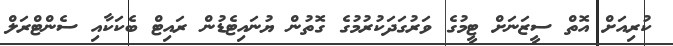
ކުރިއަށް އޮތް ސީޒަނަށް ޓީމުގެ ވަރުގަދަކުރުމުގެ ގޮތުން ޔުނައިޓެޑުން ރައިޓް ބެކަކާއި ސެންޓްރަަލް